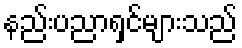
နည်းပညာရှင်များသည်